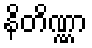
နိတိဏ္ဏာ